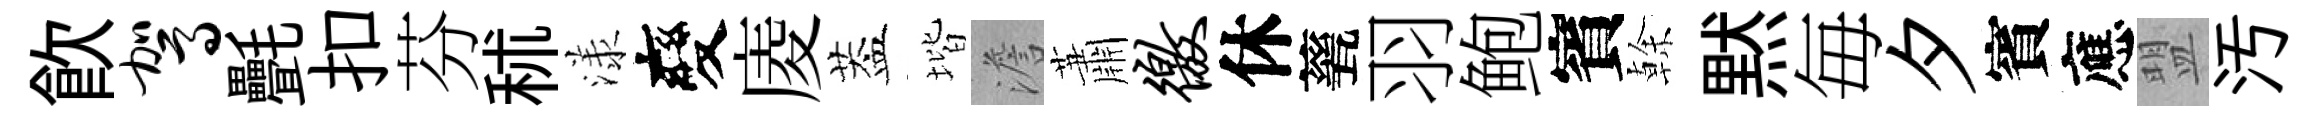
飮驾㲲扣芬秫漾變庱葢堦澹蕭徼休甆羽鲍賓𠏉黙毎夕賓應盟汚